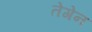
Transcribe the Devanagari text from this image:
तेगेन